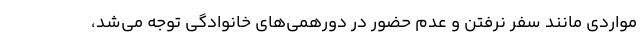
مواردی مانند سفر نرفتن و عدم حضور در دورهمی‌های خانوادگی توجه می‌شد،